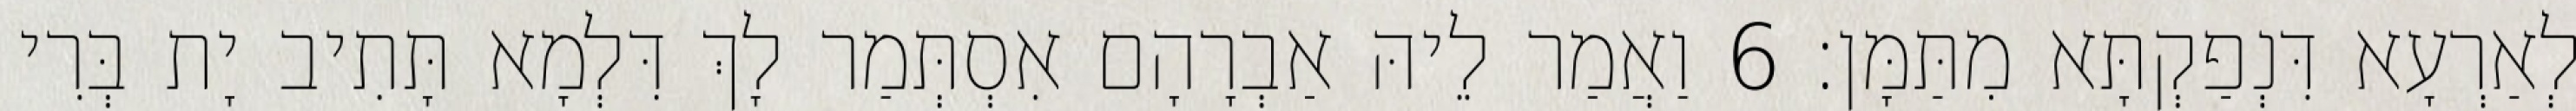
לְאַרְעָא דִּנְפַקְתָּא מִתַּמָּן׃ 6 וַאֲמַר לֵיהּ אַבְרָהָם אִסְתְּמַר לָךְ דִּלְמָא תָּתִיב יָת בְּרִי